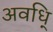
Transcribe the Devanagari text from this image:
अवधि्